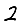
Digit: 2